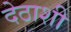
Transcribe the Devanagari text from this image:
देठाशी